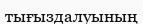
тығыздалуының